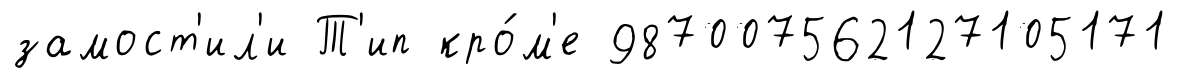
замост'ил'и Т'ип кро́м'е 987007562127105171